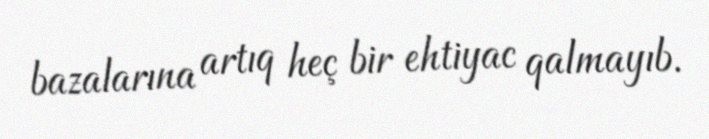
bazalarına artıq heç bir ehtiyac qalmayıb.